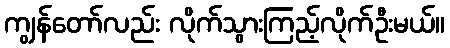
ကျွန်တော်လည်း လိုက်သွားကြည့်လိုက်ဦးမယ်။